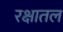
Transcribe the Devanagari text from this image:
रक्षातल